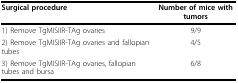
<table><thead><tr><td><b>Surgical procedure</b></td><td><b>Number of mice with tumors</b></td></tr></thead><tbody><tr><td>1) Remove TgMISIIR-TAg ovaries</td><td>9/9</td></tr><tr><td>2) Remove TgMISIIR-TAg ovaries and fallopian tubes</td><td>4/5</td></tr><tr><td>3) Remove TgMISIIR-TAg ovaries, fallopian tubes and bursa</td><td>6/8</td></tr></tbody></table>